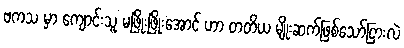
ဗကသ မှာ ကျောင်းသူ မဖြိုးဖြိုးအောင် ဟာ တတိယ မျိုးဆက်ဖြစ်သော်ငြားလဲ